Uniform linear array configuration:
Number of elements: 48
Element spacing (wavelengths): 0.25
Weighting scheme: binomial
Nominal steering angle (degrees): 45
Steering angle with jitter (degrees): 43.331
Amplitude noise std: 0.05
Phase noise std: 0.05

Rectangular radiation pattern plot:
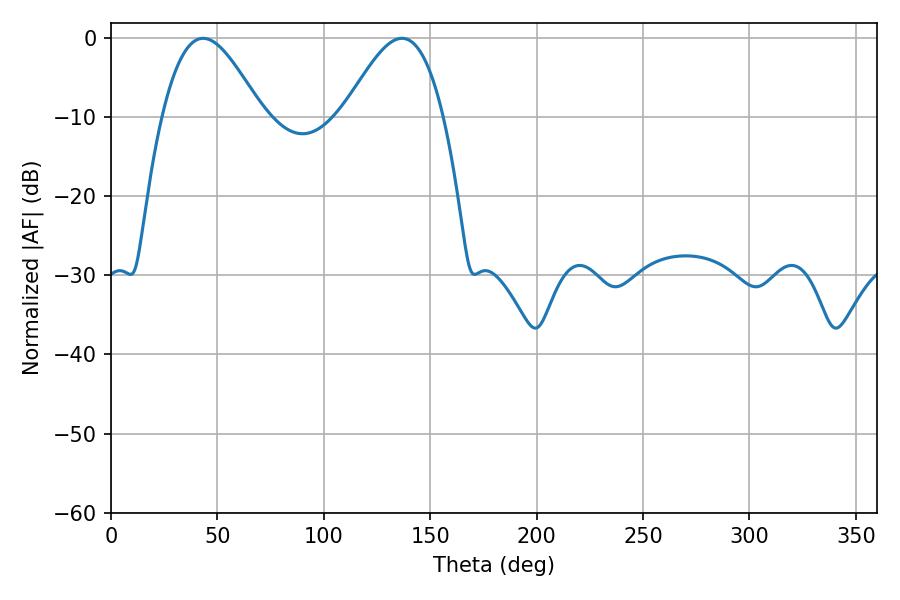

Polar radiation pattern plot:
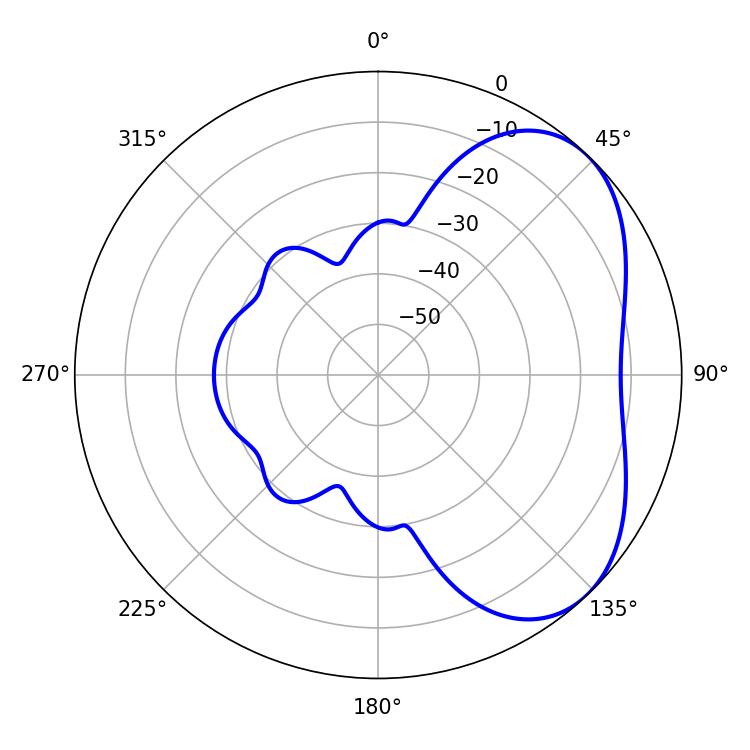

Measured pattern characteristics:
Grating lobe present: FALSE
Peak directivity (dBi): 4.488
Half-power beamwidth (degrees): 25.2
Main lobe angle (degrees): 43.2